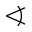
\sphericalangle